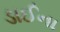
ડાઈના